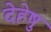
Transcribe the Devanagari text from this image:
देहेषु